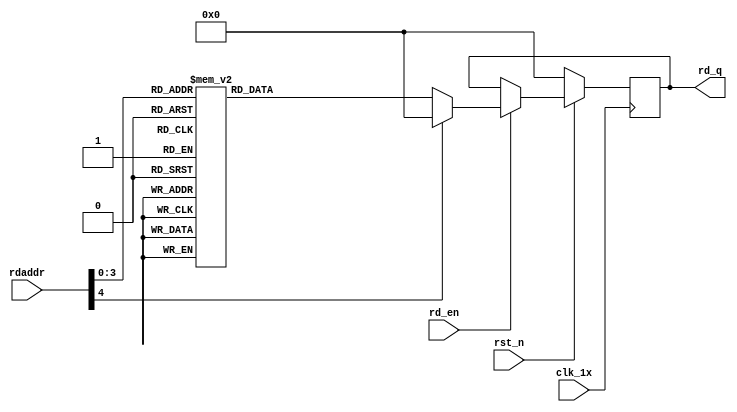

`timescale 1ns / 1ps
module F_normal_t8_next_Rom5(
input	          							clk_1x,
input	          							rst_n,
//////////////////////////////////////////////////////////////
input										rd_en,
input				[4:0]				rdaddr,
output		reg			[127:0]				rd_q
);

always @(posedge clk_1x)begin
	if(~rst_n)begin
		rd_q <= 128'b0;
	end
	else if(rd_en == 1'b1)begin
		case(rdaddr)
			5'h0f: rd_q <= 128'b10111000111101101110010001001001111111001001100010010001101010000010011011110010010110011110110111110000001000111011011100100101;
			5'h0e: rd_q <= 128'b11001001010110010100001111100111101101101011010010111101011110011111011011100110101101101010101110100010001000000011000101001001;
			5'h0d: rd_q <= 128'b11110111110101000001011010000011001111001100110111001100101101100100011001111101000010100000101111000010101001000110001111000011;
			5'h0c: rd_q <= 128'b01110010101100010001111100100000000000100101011010100001011100101010110010000011110001111000011110001111110110111001001000111000;
			5'h0b: rd_q <= 128'b11110110110001110011001111100001101110100010010001000010110101010111110001011100101111001011001111110011011111001101000110100000;
			5'h0a: rd_q <= 128'b11100001100010011111111111011011011001001010000110010100001111000100011111101111110000010001000111110111111111101010010011100111;
			5'h09: rd_q <= 128'b11111111010010000000000101001000100011010011101111010011011001000010111100001010011101011000001011011011011001000100011111010100;
			5'h08: rd_q <= 128'b00011100110100001010111100011100010110000010111001001101110111001011011001111101011110011100000000101010010110101101111101000001;
			5'h07: rd_q <= 128'b00101110001000010110100110111101011000110111111000001010001001111101010100001010111010110000001010111100001000101011011100010110;
			5'h06: rd_q <= 128'b00101010010010011111101111000000000001001101011101011111000111011011100000001010101001111110111100101111011111100011001000111111;
			5'h05: rd_q <= 128'b10000010011110100011010011001010110111100011110100011110011010011100110001100010110000000111101001101000000100000110010101011010;
			5'h04: rd_q <= 128'b00100001000000001111110110010110011111001111010011001110000011001011100000100010000111101010100011001111110101010110100111101111;
			5'h03: rd_q <= 128'b00100110101010000111111010011000011001000111111011011010010111110010100111000010110000101001101101110111010100101100001000100010;
			5'h02: rd_q <= 128'b10111101001000101110001010110010111000110011001110000110011100001101111011000011011100111001100100100111011010110101000101100110;
			5'h01: rd_q <= 128'b01101111011111001100001111110111011000100111011101000101010010001000100100110010110110011000001010101000010010101010111111001100;
			5'h00: rd_q <= 128'b11011111111011001011111011101000010101100100101010011010110110001011101101010001000001110011101111100000011100111100001110010101;
		default:rd_q <= 128'b0;
		endcase
	end
end

endmodule